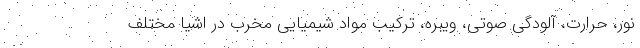
نور، حرارت، آلودگی صوتی، ویبره، ترکیب مواد شیمیایی مخرب در اشیا مختلف